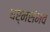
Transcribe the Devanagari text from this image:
धर्मसंभव